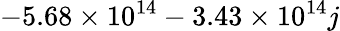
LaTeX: -5.68\times 10^{14}-3.43\times 10^{14}j